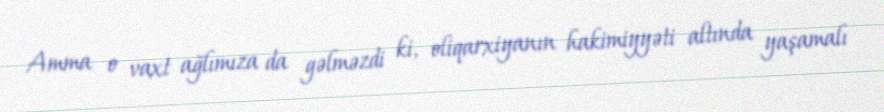
Amma o vaxt ağlımıza da gəlməzdi ki, oliqarxiyanın hakimiyyəti altında yaşamalı